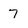
Character: 7